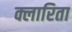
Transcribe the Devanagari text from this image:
क्लारिता